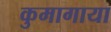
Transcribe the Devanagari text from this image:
कुमागाया